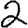
Digit: 2